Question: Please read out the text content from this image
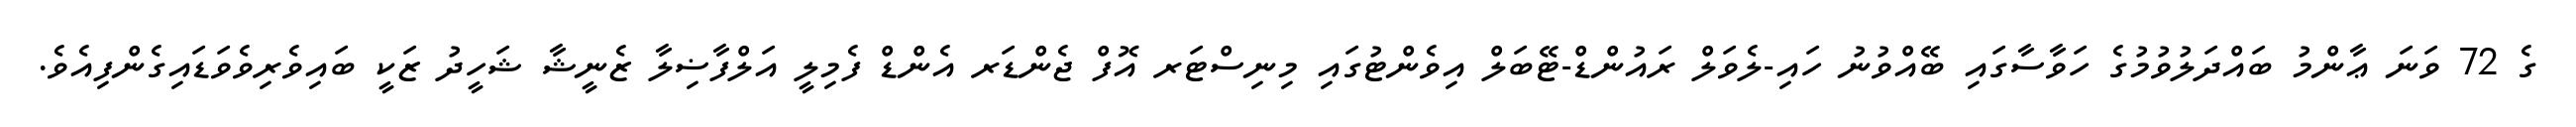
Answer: ގެ 72 ވަނަ ޢާންމު ބައްދަލުވުމުގެ ހަވާސާގައި ބޭއްވުނު ހައި-ލެވަލް ރައުންޑް-ޓޭބަލް އިވެންޓުގައި މިނިސްޓަރ އޮފް ޖެންޑަރ އެންޑް ފެމިލީ އަލްފާޟިލާ ޒެނީޝާ ޝަހީދު ޒަކީ ބައިވެރިވެވަޑައިގެންފިއެވެ.